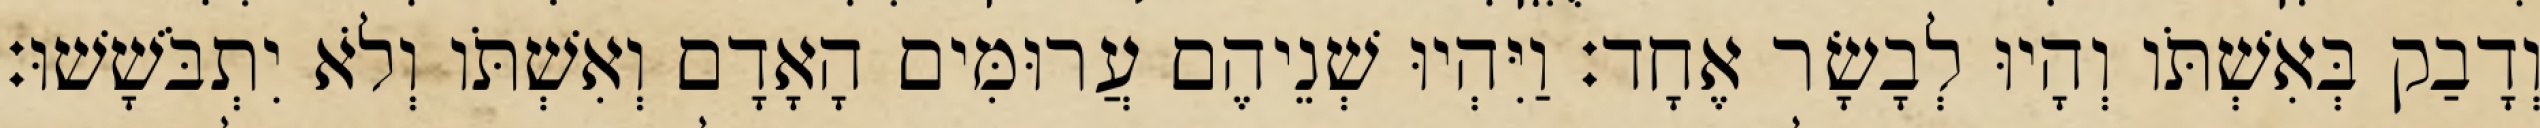
וְדָבַק בְּאִשְׁתֹּו וְהָיוּ לְבָשָׂר אֶחָד׃ וַיִּהְיוּ שְׁנֵיהֶם עֲרוּמִּים הָאָדָם וְאִשְׁתֹּו וְלֹא יִתְבֹּשָׁשׁוּ׃